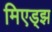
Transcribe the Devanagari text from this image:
मिएड्झ